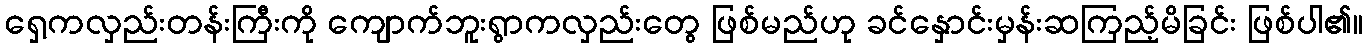
ရှေ့ကလှည်းတန်းကြီးကို ကျောက်ဘူးရွာကလှည်းတွေ ဖြစ်မည်ဟု ခင်နှောင်းမှန်းဆကြည့်မိခြင်း ဖြစ်ပါ၏။